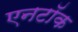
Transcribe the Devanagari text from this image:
एनटॉक